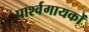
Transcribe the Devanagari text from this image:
पार्श्वगायकों